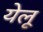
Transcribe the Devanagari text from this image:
येलू